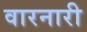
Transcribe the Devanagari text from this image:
वारनारी